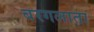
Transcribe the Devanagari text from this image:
बरगलाता